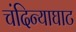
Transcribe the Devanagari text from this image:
चंदिन्याघाट